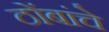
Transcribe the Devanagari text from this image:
ठोंबांचे